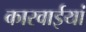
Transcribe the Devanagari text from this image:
कारवाईयां